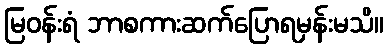
မြဝန်းရံ ဘာစကားဆက်ပြောရမှန်းမသိ။